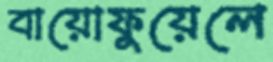
বায়োফুয়েলে